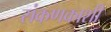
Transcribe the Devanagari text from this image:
संकणकाशी